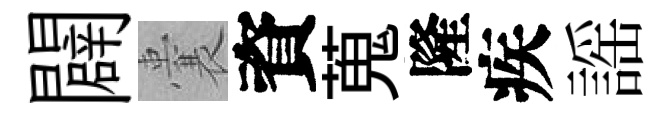
闢囊資蒐隆疾謡